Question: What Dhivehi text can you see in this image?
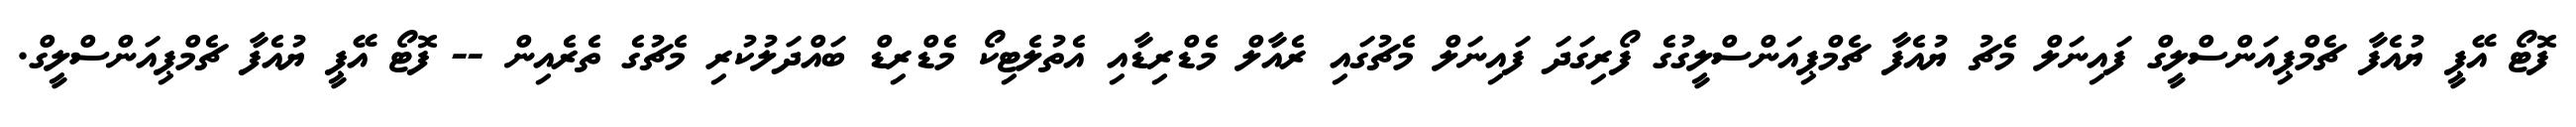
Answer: ފޮޓޯ އޭޕީ ޔުއެފާ ޗެމްޕިއަންސްލީގް ފައިނަލް މެޗު ޔުއެފާ ޗެމްޕިއަންސްލީގުގެ ފޯރިގަދަ ފައިނަލް މެޗުގައި ރެއާލް މެޑްރިޑާއި އެތުލެޓިކޯ މެޑްރިޑް ބައްދަލުކުރި މެޗުގެ ތެރެއިން -- ފޮޓޯ އޭޕީ ޔުއެފާ ޗެމްޕިއަންސްލީގް.